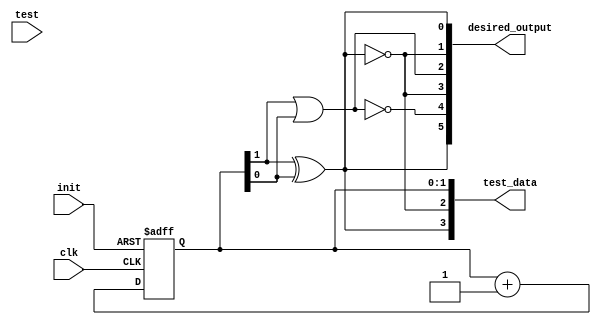
module csa_tpg(clk, init, test, test_data, desired_output);
input clk, init, test;
output [3:0]test_data;
output [5:0]desired_output;
wire c1_1, c1_0, s1_1, s1_0, s0_1, s0_0;
reg [1:0]count;
always @(posedge clk, posedge init)
    begin
    if (init)
        count <= 0;
    else
        count <= count + 1'b1;
    end
assign y1 = ~x1,
    x1 = count[1] ^ count[0],
    y0 = count[0],
    x0 = count[1],
    c1_1 = x1,
    c1_0 = ~(count[1] | count[0]),
    s1_1 = ~x1,
    s1_0 = count[1] | count[0],
    s0_1 = ~x1,
    s0_0 = x1;

assign test_data = {x1, y1, x0, y0};
assign desired_output = {c1_1, c1_0, s1_1, s1_0, s0_1, s0_0};
endmodule